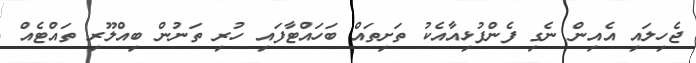
ޖެހިލައި އެއިން ނެގި ފެންފުޅިއާއެކު ތަށިތައް ބަހައްޓާފައި ހުރި ތަނުން ބިއްލޫރި ތައްޓެއް